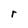
Character: r